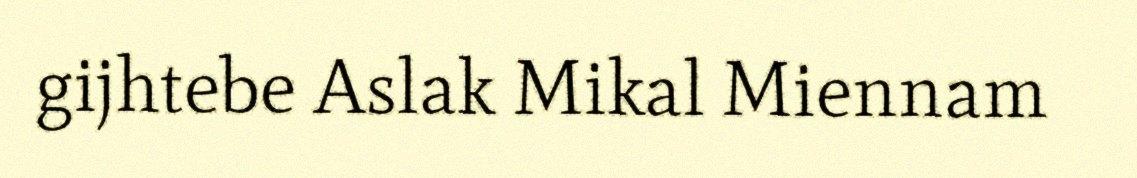
gijhtebe Aslak Mikal Miennam